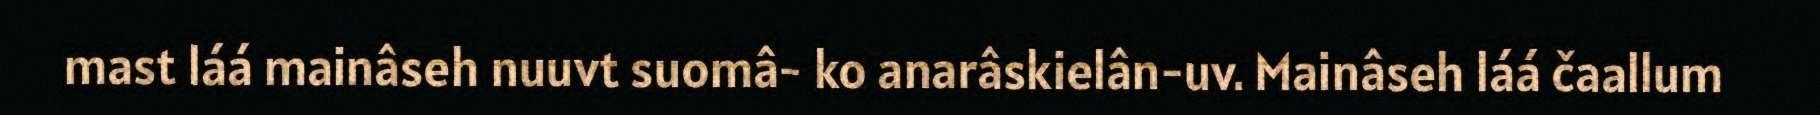
mast láá mainâseh nuuvt suomâ- ko anarâskielân-uv. Mainâseh láá čaallum